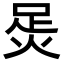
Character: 𧿮